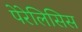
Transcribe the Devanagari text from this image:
पेरेलिसिस